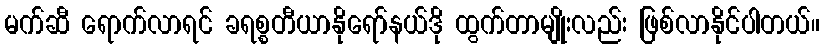
မက်ဆီ ရောက်လာရင် ခရစ္စတီယာနိုရော်နယ်ဒို ထွက်တာမျိုးလည်း ဖြစ်လာနိုင်ပါတယ်။